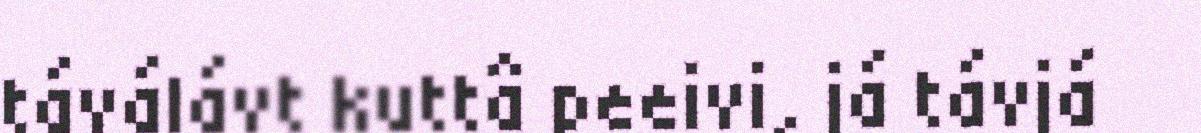
táválávt kuttâ peeivi, já távjá